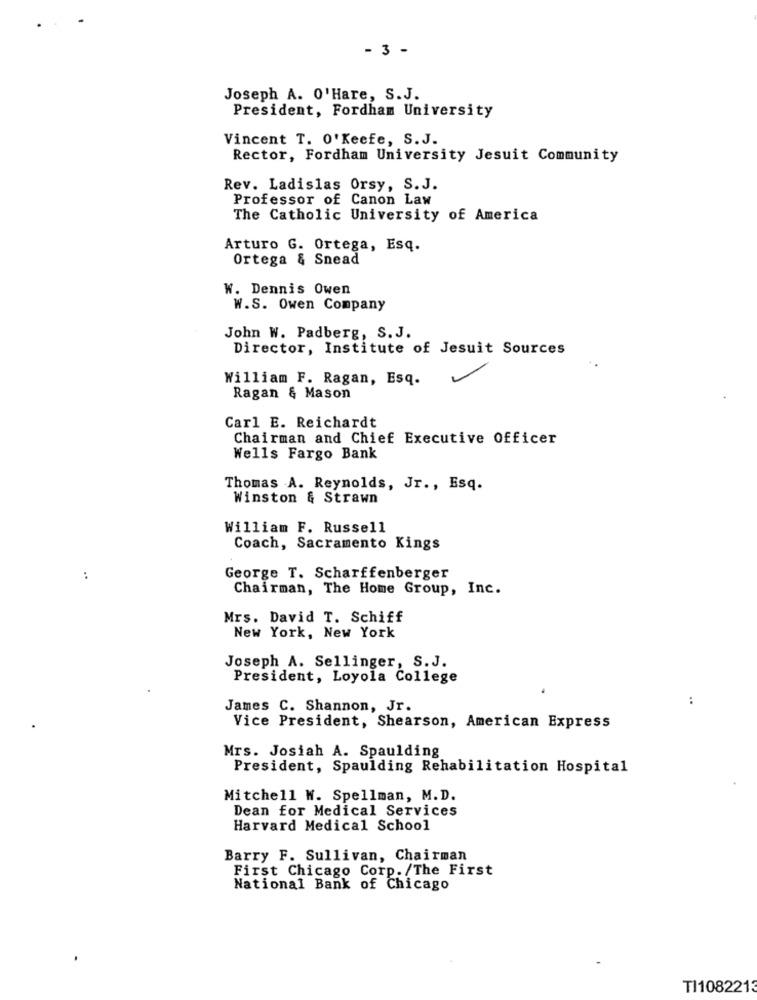
- 3 -
Joseph A. O'Hare, S.J.
President, Fordham University
Vincent T. O'Keefe, S.J.
Rector, Fordham University Jesuit Community
Rev. Ladislas Orsy, S. J.
Professor of Canon Law
The Catholic University of America
Arturo G. Ortega, Esq.
Ortega & Snead
W. Dennis Owen
W.S. Owen Company
John W. Padberg, S. J.
Director, Institute of Jesuit Sources
William F. Ragan, Esq.
Ragan & Mason
Carl E. Reichardt
Chairman and Chief Executive Officer
Wells Fargo Bank
Thomas A. Reynolds, Jr ., Esq.
Winston & Strawn
William F. Russell
Coach, Sacramento Kings
:
George T. Scharffenberger
Chairman, The Home Group, Inc.
Mrs. David T. Schiff
New York, New York
Joseph A. Sellinger, S.J.
President, Loyola College
:
James C. Shannon, Jr.
Vice President, Shearson, American Express
Mrs. Josiah A. Spaulding
President, Spaulding Rehabilitation Hospital
Mitchell W. Spellman, M.D.
Dean for Medical Services
Harvard Medical School
Barry F. Sullivan, Chairman
First Chicago Corp. /The First
National Bank of Chicago
TI1082213